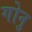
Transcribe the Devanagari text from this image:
गोनु